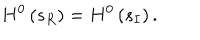
H ^ { 0 } \left( s _ { R } \right) = H ^ { 0 } \left( s _ { I } \right) .